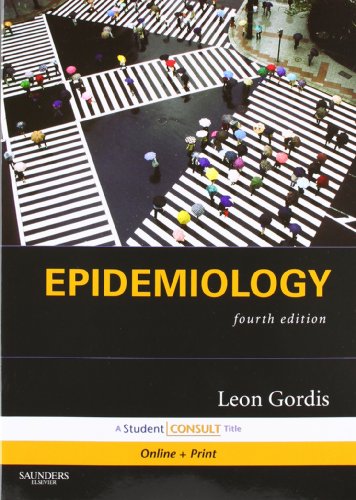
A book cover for Epidemiology, 4th Edition; Leon Gordis; Medical Books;